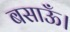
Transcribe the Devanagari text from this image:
बसाऊँ।